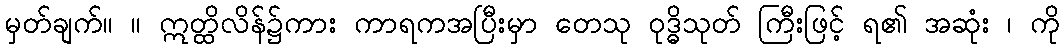
မှတ်ချက်။ ။ ဣတ္ထိလိန်၌ကား ကာရကအပြီးမှာ တေသု ဝုဒ္ဓိသုတ် ကြီးဖြင့် ရ၏ အဆုံး ၊ ကို